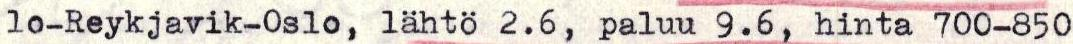
lo-Reykjavik-0slo, lähto 2.6, paluu 9.6, hinta 700-850